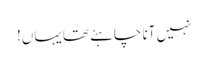
نہیں آنا چاہئے تھا یہاں!